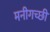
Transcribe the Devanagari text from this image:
मनीगच्छी